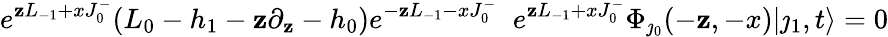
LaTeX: e^{\mathbf{z}L_{-1}+xJ_{0}^{-}}(L_{0}-h_{1}-\mathbf{z}\partial_{\mathbf{z}}-h_{0})e^{-\mathbf{z}L_{-1}-xJ_{0}^{-}}\; \; e^{\mathbf{z}L_{-1}+xJ_{0}^{-}}\Phi_{\jmath_{0}}(-\mathbf{z},-x)|\jmath_{1},t\rangle=0